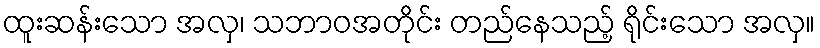
ထူးဆန်းသော အလှ၊ သဘာဝအတိုင်း တည်နေသည့် ရိုင်းသော အလှ။